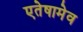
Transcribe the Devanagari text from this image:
एतेषामेव